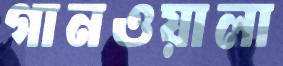
গানওয়ালা